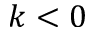
k < 0